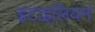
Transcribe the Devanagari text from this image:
इटाइलियन